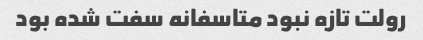
رولت تازه نبود متاسفانه سفت شده بود